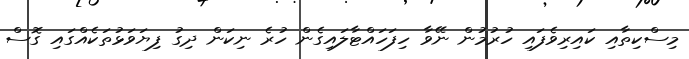
މިސްކިތާއި ކައިރިވެފައި ހުރުމުން ނޭވާ ހިފަހައްޓާލައިގެން ހުރެ ނިކަން ދިގު ފިޔަވަޅުތަކެއްގައި ގޮސް